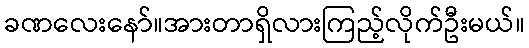
ခဏလေးနော်။အားတာရှိလားကြည့်လိုက်ဦးမယ်။